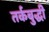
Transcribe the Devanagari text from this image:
तर्कबुद्धी